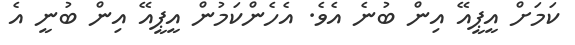
ކަމަށް އީޕީއޭ އިން ބުނެ އެވެ. އެހެންކަމުން އީޕީއޭ އިން ބުނީ އެ